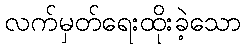
လက်မှတ်ရေးထိုးခဲ့သော